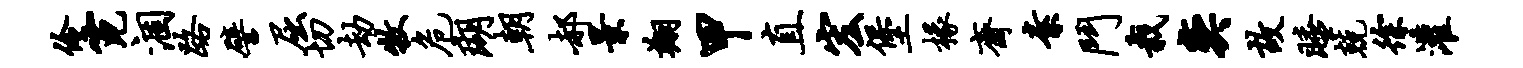
伶霓涸路譬屈切劫牧危瑚朝郝景翔甲直宏堡椽斋素斗栽奕故睡兢徐灌